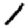
Digit: 1